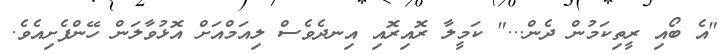
"އެ ބޯއި ރީތިކަމުން ދެން..." ކަމީލާ ރޮއިރޮއި އިނދެވެސް ލިއަމްއަށް އޮޅުވާލަން ހޭންފެށިއެވެ.